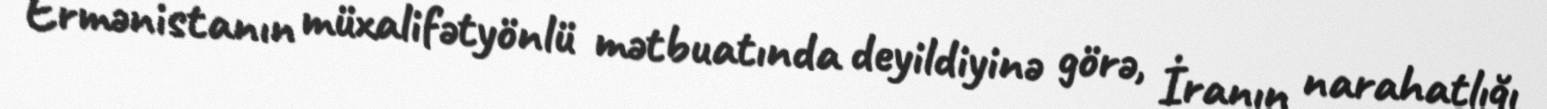
Ermənistanın müxalifətyönlü mətbuatında deyildiyinə görə, İranın narahatlığı